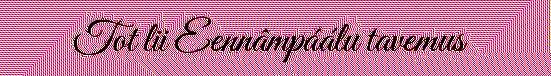
Tot lii Eennâmpáálu tavemus